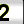
Digit: 2